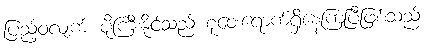
ပြည့်ဝလျက် ပိုကြီးနိုင်သည် စုဝေးရောက်ရှိနေကြပြီဖြစ်သည်